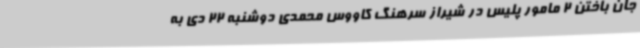
جان باختن 2 مامور پلیس در شیراز سرهنگ کاووس محمدی دوشنبه 22 دی به